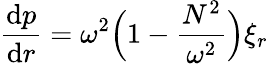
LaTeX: \frac{\mathrm{d}p}{\mathrm{d}r}=\omega^{2}\Big(1-\frac{N^{2}}{\omega^{2}}\Big)\xi_{r}